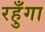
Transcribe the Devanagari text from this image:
रहुँगा